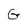
Character: G